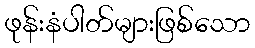
ဖုန်းနံပါတ်များဖြစ်သော